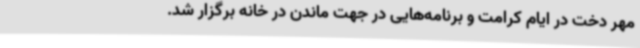
مهر دخت در ایام کرامت و برنامه‌هایی در جهت ماندن در خانه برگزار شد.